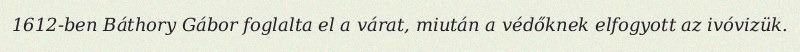
1612-ben Báthory Gábor foglalta el a várat, miután a védőknek elfogyott az ivóvizük.